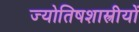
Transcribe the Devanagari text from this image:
ज्योतिषशास्त्रीयों